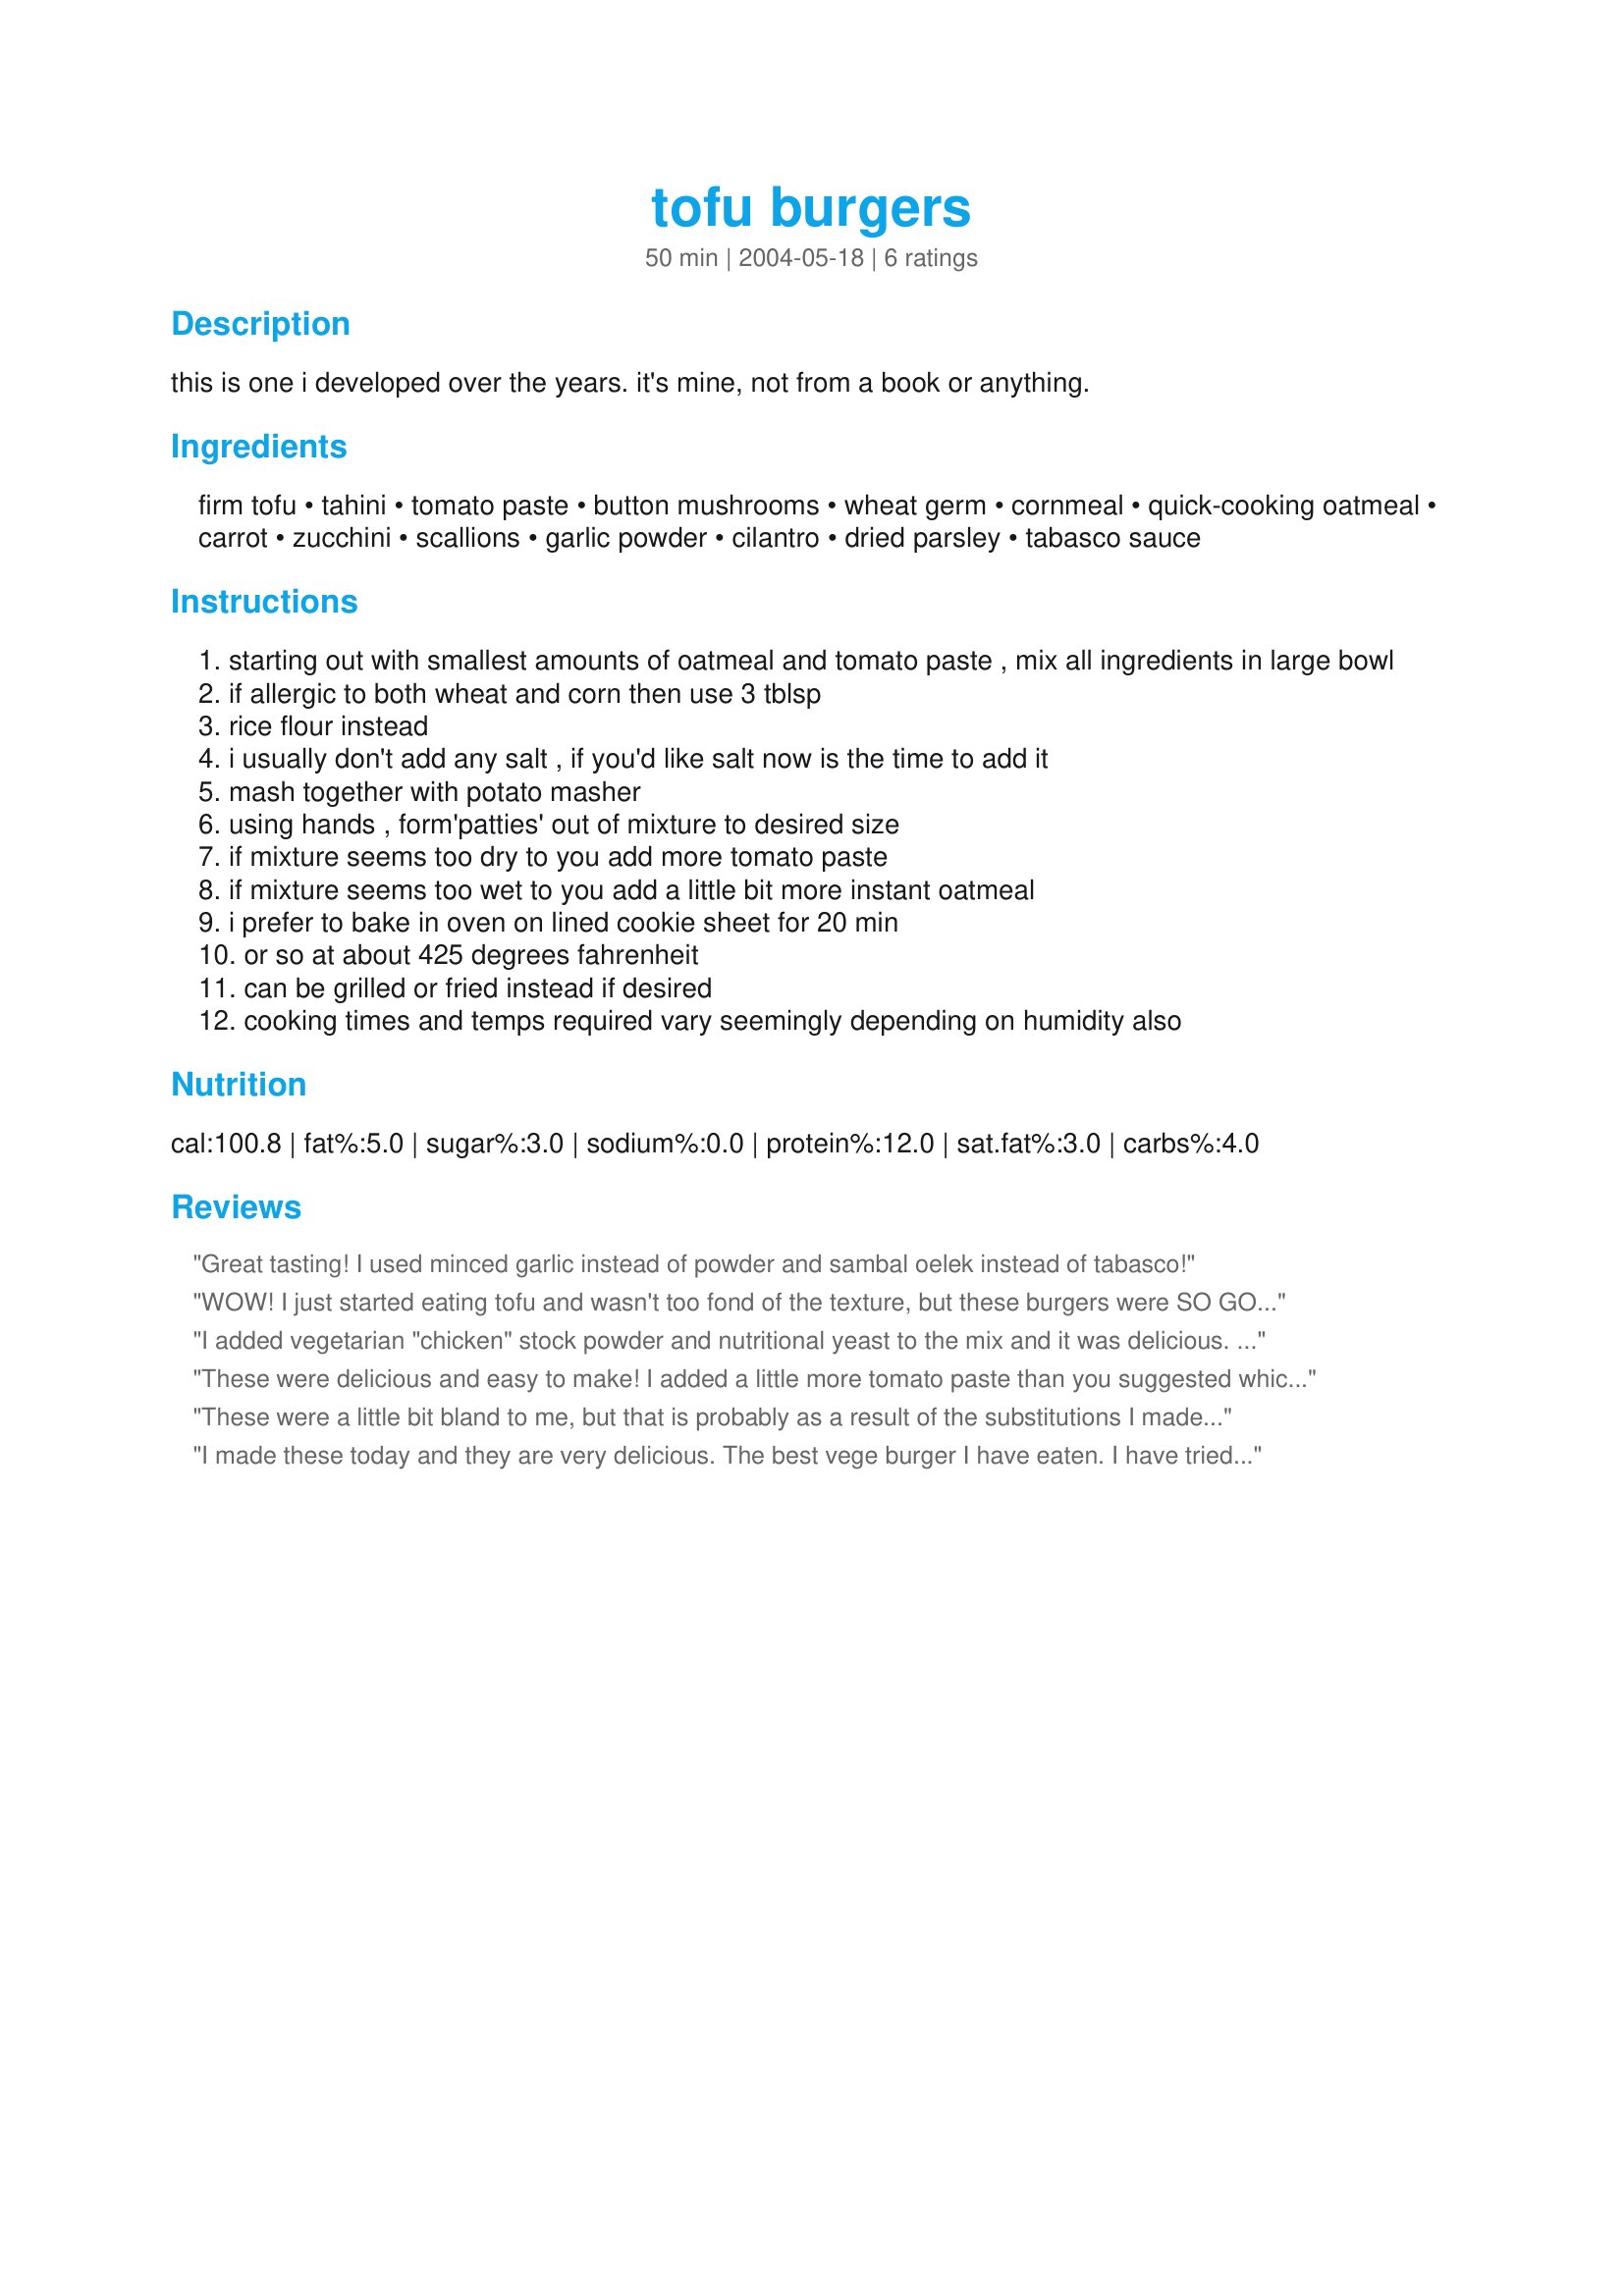
tofu burgers
Preparation time: 50 minutes

this is one i developed over the years. it's mine, not from a book or anything.

Ingredients:
firm tofu, tahini, tomato paste, button mushrooms, wheat germ, cornmeal, quick-cooking oatmeal, carrot, zucchini, scallions, garlic powder, cilantro, dried parsley, tabasco sauce

Steps:
starting out with smallest amounts of oatmeal and tomato paste , mix all ingredients in large bowl
if allergic to both wheat and corn then use 3 tblsp
rice flour instead
i usually don't add any salt , if you'd like salt now is the time to add it
mash together with potato masher
using hands , form'patties' out of mixture to desired size
if mixture seems too dry to you add more tomato paste
if mixture seems too wet to you add a little bit more instant oatmeal
i prefer to bake in oven on lined cookie sheet for 20 min
or so at about 425 degrees fahrenheit
can be grilled or fried instead if desired
cooking times and temps required vary seemingly depending on humidity also

Reviews:
Great tasting! I used minced garlic instead of powder and sambal oelek instead of tabasco!
WOW! I just started eating tofu and wasn't too fond of the texture, but these burgers were SO GOOD! I substitued the zucchini for cucumber and didn't add parsely or tabasco. but they tasted amazing! THANKS!!!
I added vegetarian "chicken" stock powder and nutritional yeast to the mix and it was delicious. Thanks for the recipe!
These were delicious and easy to make! I added a little more tomato paste than you suggested which gave the burgers an intense red color and a strong tomato taste. My husband also loved these, and I consider him a real "meat and potatoes vegetarian".
These were a little bit bland to me, but that is probably as a result of the substitutions I made because of what I had on hand. Even so, with some deli mustard, they were great. I really liked how well the burgers held together and the lovely crust they developed while they baked. Next time, I will definitely make sure I have the proper ingredients on hand. I look forward to making them again soon!
I made these today and they are very delicious. The best vege burger I have eaten. I have tried various veg burger recipes, and this is the best so far. I increased the mushroom, carrot and zuccini amounts, and added about 1 tablespoon of sweet chilli sauce, otherwise followed the recipe.
Thank you Diane for sharing.
